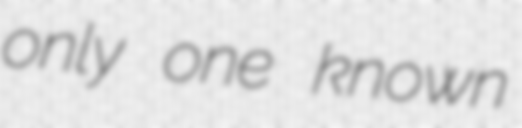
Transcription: only one known